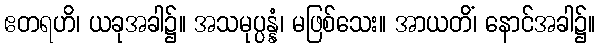
ဧတရဟိ၊ ယခုအခါ၌။ အသမုပ္ပန္နံ၊ မဖြစ်သေး။ အာယတိံ၊ နောင်အခါ၌။